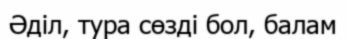
Әділ, тура сөзді бол, балам